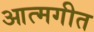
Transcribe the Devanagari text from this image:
आत्मगीत